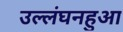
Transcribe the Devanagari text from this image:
उल्लंघनहुआ